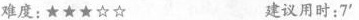
难度;★★★☆☆ 建议用时:7'